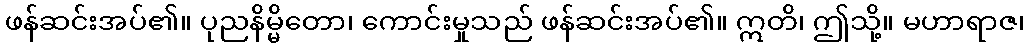
ဖန်ဆင်းအပ်၏။ ပုညနိမ္မိတော၊ ကောင်းမှုသည် ဖန်ဆင်းအပ်၏။ ဣတိ၊ ဤသို့။ မဟာရာဇ၊